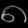
Digit: ၈